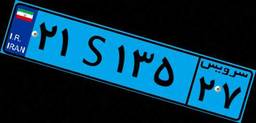
۲۱S۱۳۵۲۷